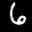
Label: 6